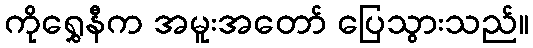
ကိုရွှေနီက အမူးအတော် ပြေသွားသည်။